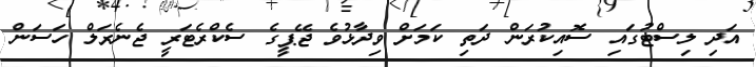
އަދި ލިސްޓުގައި ސޮއިކުރަން ދަތި ކަމަށް ވިދާޅުވެ ޖޭޕީގެ ސެކްރެޓަރީ ޖެނެރަލް ހަސަން